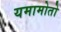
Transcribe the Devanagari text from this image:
यमामोतो